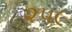
૨૫૯